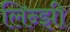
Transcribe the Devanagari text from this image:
लिन्झी